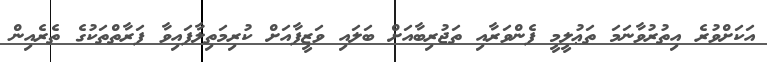
އަކަށްވުރެ އިތުރުވާނަމަ ތަޢުލީމީ ފެންވަރާއި ތަޖުރިބާއަށް ބަލައި ވަޒީފާއަށް ކުރިމަތިލާފައިވާ ފަރާތްތަކުގެ ތެރެއިން